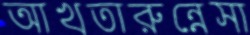
আখতারুন্নেসা